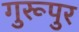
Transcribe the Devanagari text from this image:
गुरूपुर